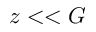
z < < G